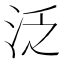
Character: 泛